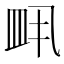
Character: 𬐙